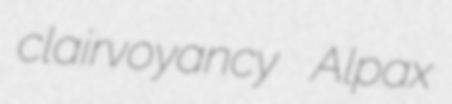
clairvoyancy Alpax